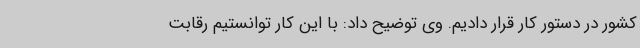
کشور در دستور کار قرار دادیم. وی توضیح داد: با این کار توانستیم رقابت